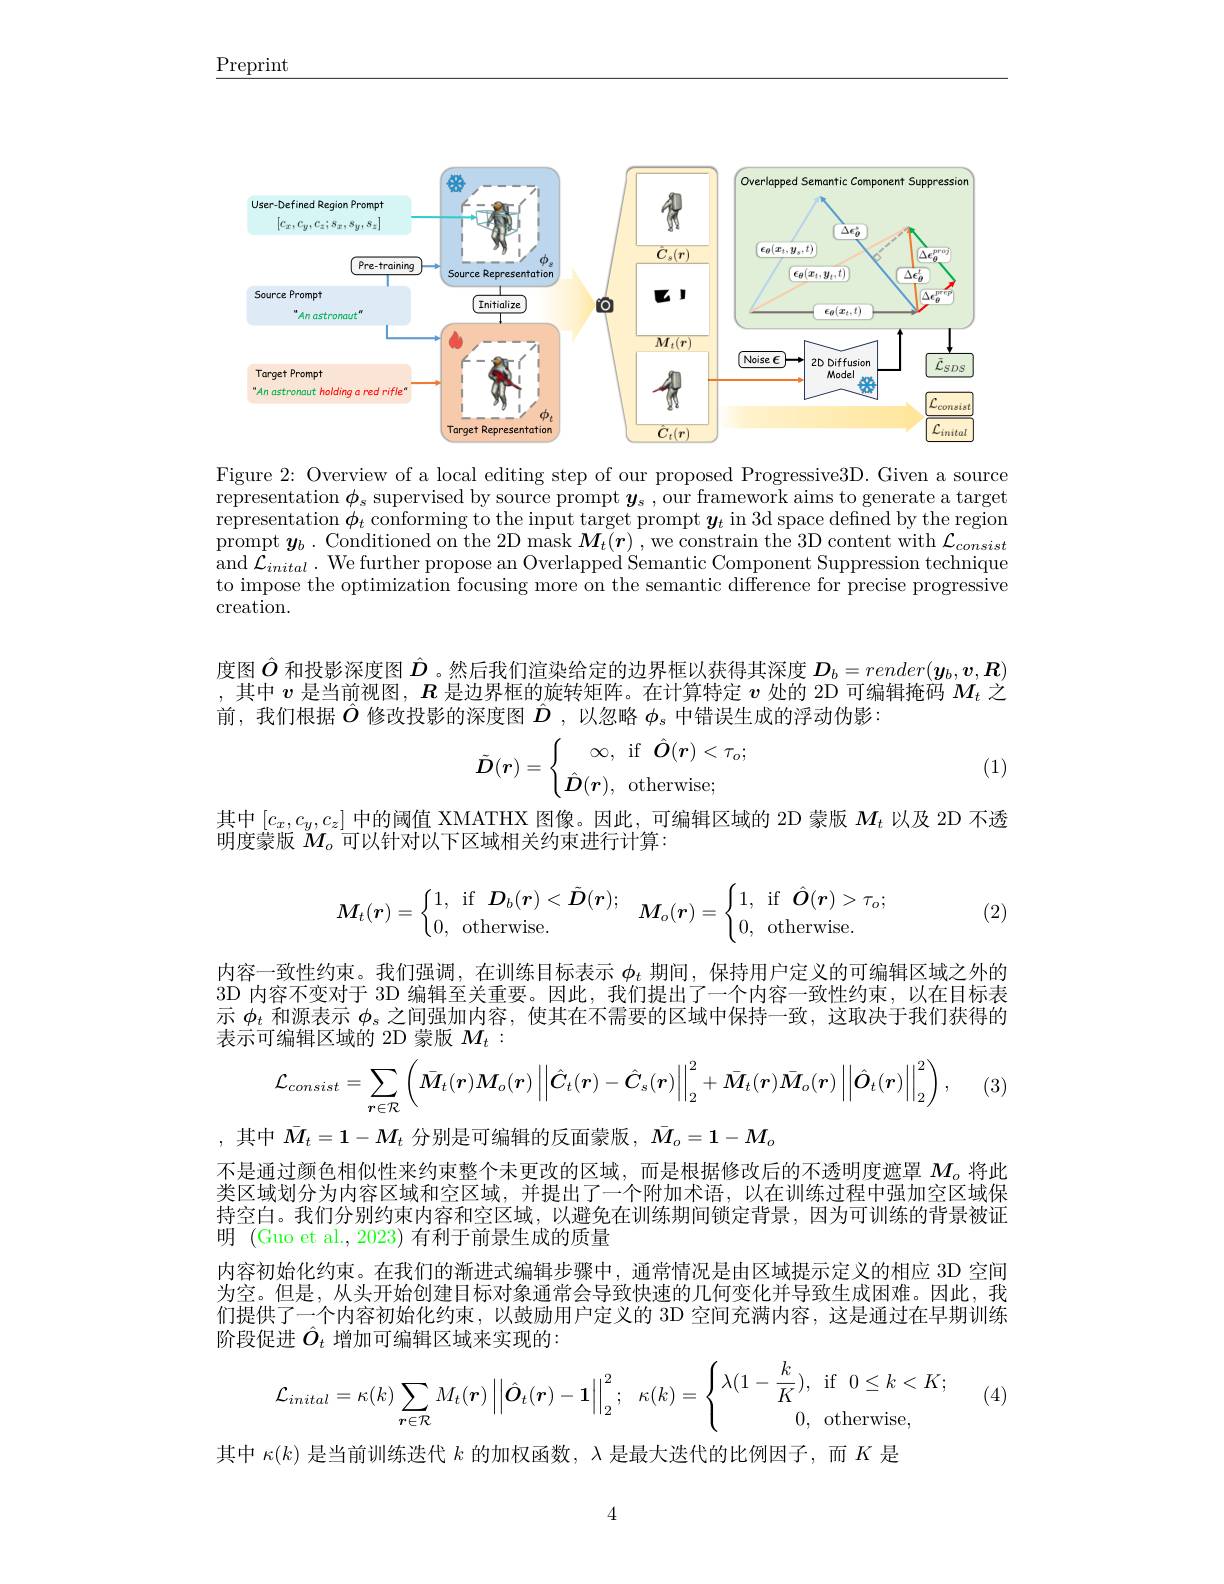
$\underline{\mathrm{Preprint}}$

<FigureHere>

Figure 2: Overview of a local editing step of our proposed Progressive3D. Given a source representation $\phi_s$ supervised by source prompt $\boldsymbol y_s$, our framework aims to generate a target representation $\phi_t$ conforming to the input target prompt $y_t$ in 3d space defined by the region prompt $\boldsymbol{y}_{b}.$Conditioned on the 2D mask $M_{t}( \boldsymbol{r}) $,we constrain the 3D content with $\mathcal{L} _{consist}$ and $\mathcal{L}_inital.$ We further propose an Overlapped Semantic Component Suppression technique to impose the optimization focusing more on the semantic difference for precise progressive creation.

度图$\hat{O}$和投影深度图$\hat{D}$ 。然后我们渲染给定的边界框以获得其深度$\boldsymbol{D}_b=render(\boldsymbol{y}_b,\boldsymbol{v},\boldsymbol{R})$ ,其中$v$是当前视图，$R$是边界框的旋转矩阵。在计算特定$v$处的 2D 可编辑掩码$M_t$之前，我们根据$\hat{O}$修改投影的深度图$\hat{D}$ ,以忽略$\phi_s$中错误生成的浮动伪影：
$$\tilde{\boldsymbol{D}}(\boldsymbol{r})=\left\{\begin{matrix}\infty,&\mathrm{if}\:\hat{\boldsymbol{O}}(\boldsymbol{r})<\tau_o;\\\hat{\boldsymbol{D}}(\boldsymbol{r}),&\mathrm{otherwise};\end{matrix}\right.$$
(1)

其中$\left[c_x,c_y,c_z\right]$中的阈值 XMATHX 图像。因此，可编辑区域的 2D 蒙版 $M_t$ 以及 2D 不透
明度蒙版$M_o$可以针对以下区域相关约束进行计算：
$$\boldsymbol{M}_{t}(\boldsymbol{r})=\begin{cases}1,&\mathrm{if}\quad\boldsymbol{D}_{b}(\boldsymbol{r})<\tilde{\boldsymbol{D}}(\boldsymbol{r});\\0,&\mathrm{otherwise}.\end{cases}\quad\boldsymbol{M}_{o}(\boldsymbol{r})=\begin{cases}1,&\mathrm{if}\quad\hat{\boldsymbol{O}}(\boldsymbol{r})>\tau_{o};\\0,&\mathrm{otherwise}.\end{cases}$$
(2)

内容一致性约束。我们强调，在训练目标表示$\phi_t$期间，保持用户定义的可编辑区域之外的3D 内容不变对于 3D 编辑至关重要。因此，我们提出了一个内容一致性约束，以在目标表示$\phi_t$和源表示$\phi_\mathrm{s}$之间强加内容，使其在不需要的区域中保持一致，这取决于我们获得的表示可编辑区域的 2D 蒙版$M_t:$
$$\mathcal{L}_{consist}=\sum\limits_{r\in\mathcal{R}}\left(\bar{\boldsymbol{M}}_{t}(\boldsymbol{r})\boldsymbol{M}_{o}(\boldsymbol{r})\left|\left|\hat{\boldsymbol{C}}_{t}(\boldsymbol{r})-\hat{\boldsymbol{C}}_{s}(\boldsymbol{r})\right|\right|_{2}^{2}+\bar{\boldsymbol{M}}_{t}(\boldsymbol{r})\bar{\boldsymbol{M}}_{o}(\boldsymbol{r})\left|\left|\hat{\boldsymbol{O}}_{t}(\boldsymbol{r})\right|\right|_{2}^{2}\right),$$
(3)

,其中$\bar{M}_t=1-M_t$分别是可编辑的反面蒙版，$\bar{M}_o=1-M_o$
不是通过颜色相似性来约束整个未更改的区域，而是根据修改后的不透明度遮罩$M_\mathrm{o}$将此类区域划分为内容区域和空区域，并提出了一个附加术语，以在训练过程中强加空区域保持空白。我们分别约束内容和空区域，以避免在训练期间锁定背景，因为可训练的背景被证明 (Guo et al., 2023) 有利于前景生成的质量
内容初始化约束。在我们的渐进式编辑步骤中，通常情况是由区域提示定义的相应 3D 空间为空。但是，从头开始创建目标对象通常会导致快速的几何变化并导致生成困难。因此，我们提供了一个内容初始化约束，以鼓励用户定义的 3D 空间充满内容，这是通过在早期训练阶段促进$\hat{O}_t$增加可编辑区域来实现的：
$$\mathcal{L}_{inital}=\kappa(k)\sum\limits_{\boldsymbol{r}\in\mathcal{R}}M_t(\boldsymbol{r})\left|\left|\hat{\boldsymbol{O}}_t(\boldsymbol{r})-\boldsymbol{1}\right|\right|_2^2;\quad\kappa(k)=\left\{\begin{matrix}\lambda(1-\dfrac{k}{K}),&\text{if}&0\le k<K;\\&0,&\text{otherwise,}\end{matrix}\right.$$
(4)

其中$\kappa(k)$是当前训练迭代$k$的加权函数，$\lambda$是最大迭代的比例因子，而$K$是

4